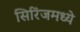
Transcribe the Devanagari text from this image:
सिरिंजमध्ये